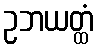
ဥဘယတ္ထံ